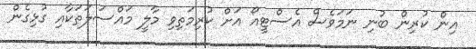
އިން ކުރިން ބުނި ނަމަވެސް އެސްޓީއޯ އަށް ކުރިމަތިވި މާލީ މައްސަލަތަކާއި ގުޅިގެން